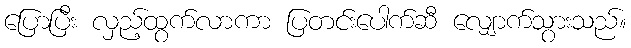
ပြောပြီး လှည့်ထွက်လာကာ ပြတင်းပေါက်ဆီ လျှောက်သွားသည်။